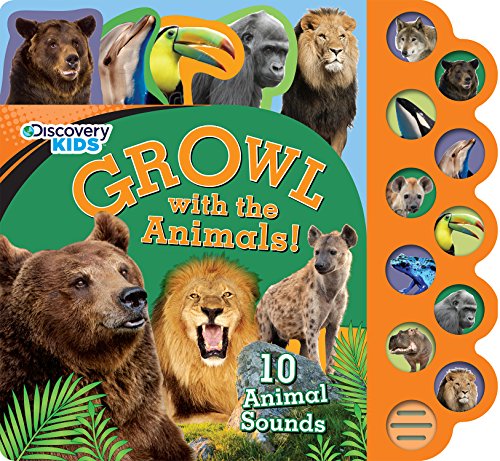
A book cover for Growl with the Animals! (Discovery Kids) (Discovery Kids 10 Button); Parragon Books; Children's Books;